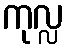
ကုလ္လ